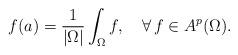
LaTeX: \begin{align*}f(a)=\frac{1}{|\Omega|}\int_\Omega{f},\ \ \ \forall\,f\in{A^p(\Omega)}.\end{align*}